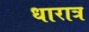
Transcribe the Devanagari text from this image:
धारात्र